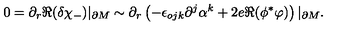
0 = \partial _ { r } \Re ( \delta \chi _ { - } ) | _ { \partial M } \sim \partial _ { r } \left( - \epsilon _ { o j k } \partial ^ { j } \alpha ^ { k } + 2 e \Re ( \phi ^ { * } \varphi ) \right) | _ { \partial M } .